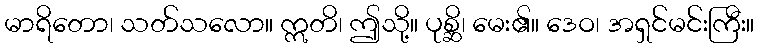
မာရိတော၊ သတ်သလော။ ဣတိ၊ ဤသို့။ ပုစ္ဆိ၊ မေး၏။ ဒေဝ၊ အရှင်မင်းကြီး။